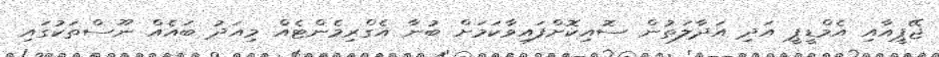
ޖޭޕީއާއި އެމްޑީޕީ އަދި އަދާލަތުން ސޮއިކޮށްފައިވާކަމަށް ބުނާ އެގްރިމެންޓެއް މިއަދު ބައެއް ނޫސްތަކުގައި